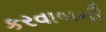
કરવાબની